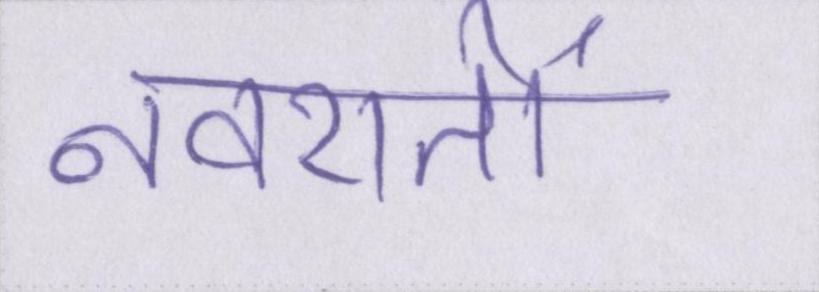
नवरातों